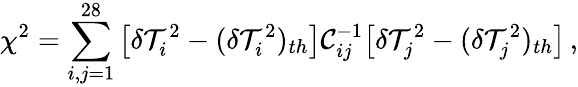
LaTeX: \chi^{2}=\sum_{i,j=1}^{28}\big[\delta\mathcal{T}_{i}^{2}-(\delta\mathcal{T}_{i}^{2})_{th}\big]\mathcal{C}_{ij}^{-1}\big[\delta\mathcal{T}_{j}^{2}-(\delta\mathcal{T}_{j}^{2})_{th}\big]\, ,